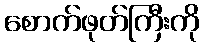
စောက်ဖုတ်ကြီးကို